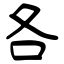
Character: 各